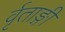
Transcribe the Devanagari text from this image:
र्वृताङ्गी